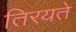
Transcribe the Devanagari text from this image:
तिरयते